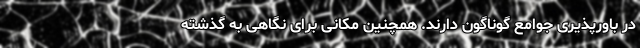
در باورپذیری جوامع گوناگون دارند. همچنین مکانی برای نگاهی به گذشته